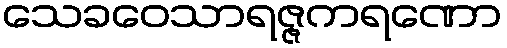
သေခဝေသာရဇ္ဇကရဏော